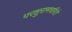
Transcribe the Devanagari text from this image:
परशुरामचरिते